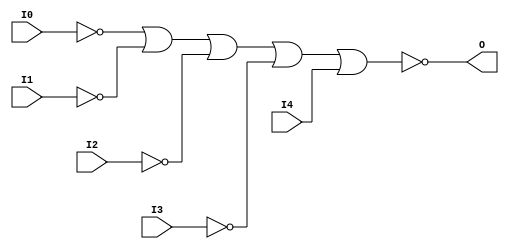
// This program was cloned from: https://github.com/jhshi/openofdm
// License: Apache License 2.0

// $Header: /devl/xcs/repo/env/Databases/CAEInterfaces/verunilibs/data/unisims/NOR5B4.v,v 1.6 2007/05/23 21:43:40 patrickp Exp $
///////////////////////////////////////////////////////////////////////////////
// Copyright (c) 1995/2004 Xilinx, Inc.
// All Right Reserved.
///////////////////////////////////////////////////////////////////////////////
//   ____  ____
//  /   /\/   /
// /___/  \  /    Vendor : Xilinx
// \   \   \/     Version : 10.1
//  \   \         Description : Xilinx Functional Simulation Library Component
//  /   /                  5-input NOR Gate
// /___/   /\     Filename : NOR5B4.v
// \   \  /  \    Timestamp : Thu Mar 25 16:42:59 PST 2004
//  \___\/\___\
//
// Revision:
//    03/23/04 - Initial version.
//    05/23/07 - Changed timescale to 1 ps / 1 ps.
//    05/23/07 - Added wire declaration for internal signals.

`timescale  1 ps / 1 ps


module NOR5B4 (O, I0, I1, I2, I3, I4);

    output O;

    input  I0, I1, I2, I3, I4;

    wire i0_inv;
    wire i1_inv;
    wire i2_inv;
    wire i3_inv;

    not N3 (i3_inv, I3);
    not N2 (i2_inv, I2);
    not N1 (i1_inv, I1);
    not N0 (i0_inv, I0);
    nor O1 (O, i0_inv, i1_inv, i2_inv, i3_inv, I4);


endmodule